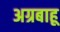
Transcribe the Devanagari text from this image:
अग्रबाहू